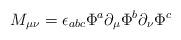
LaTeX: \begin{align*}M_{\mu\nu} = \epsilon_{abc}\Phi^a\partial_{\mu}\Phi^b\partial_{\nu}\Phi^c\end{align*}